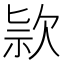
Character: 𣢾